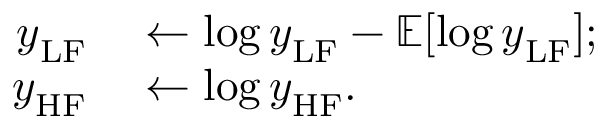
\begin{array} { r l } { \boldsymbol { y } _ { \mathrm { L F } } } & { { } \leftarrow \log { \boldsymbol { y } _ { \mathrm { L F } } } - \mathbb { E } [ \log { \boldsymbol { y } _ { \mathrm { L F } } } ] ; } \\ { \boldsymbol { y } _ { \mathrm { H F } } } & { { } \leftarrow \log { \boldsymbol { y } _ { \mathrm { H F } } } . } \end{array}